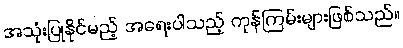
အသုံးပြုနိုင်မည့် အရေးပါသည့် ကုန်ကြမ်းများဖြစ်သည်။